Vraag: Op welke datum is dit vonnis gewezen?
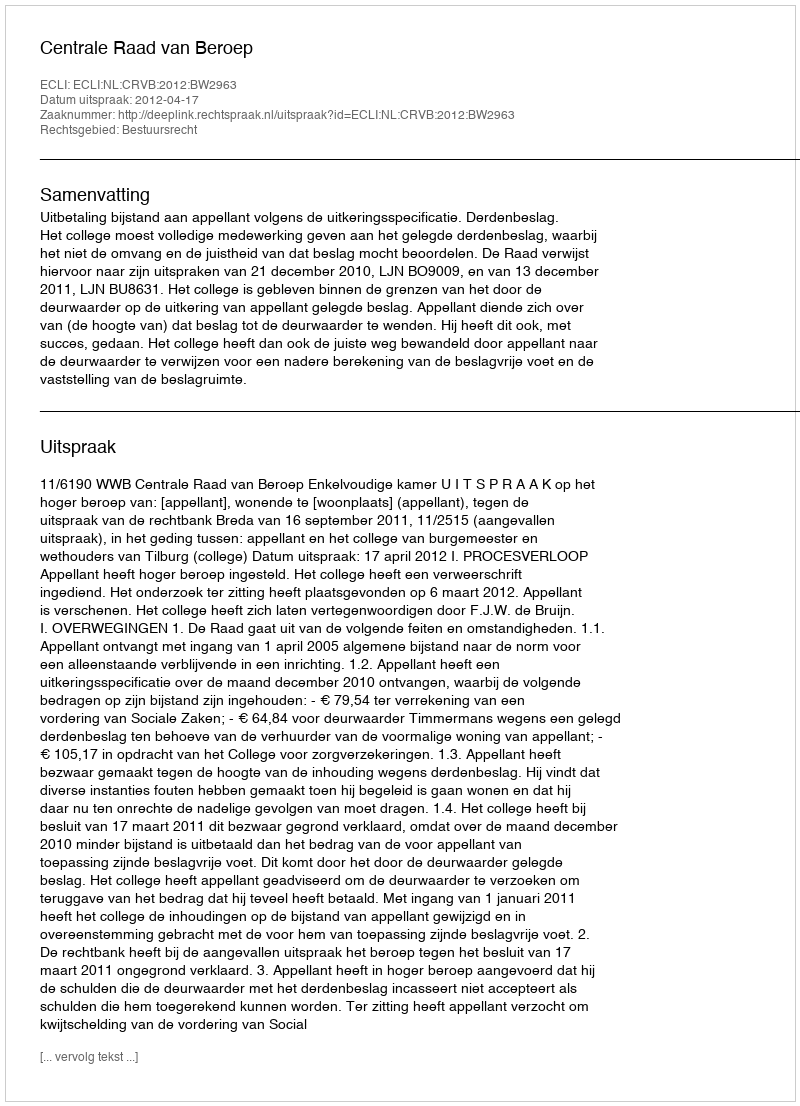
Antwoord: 2012-04-17